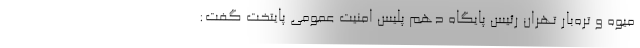
میوه‌ و تره‌بار تهران رئیس پایگاه دهم پلیس امنیت عمومی پایتخت گفت: